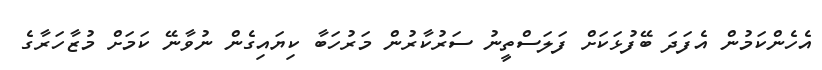
އެހެންކަމުން އެފަދަ ބޭފުޅަކަށް ފަލަސްތީނު ސަރުކާރުން މަރުހަބާ ކިޔައިގެން ނުވާނޭ ކަމަށް މުޒާހަރާގެ